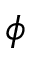
\ensuremath { \phi }